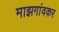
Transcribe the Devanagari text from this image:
माझगांवकर